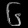
Digit: ၆